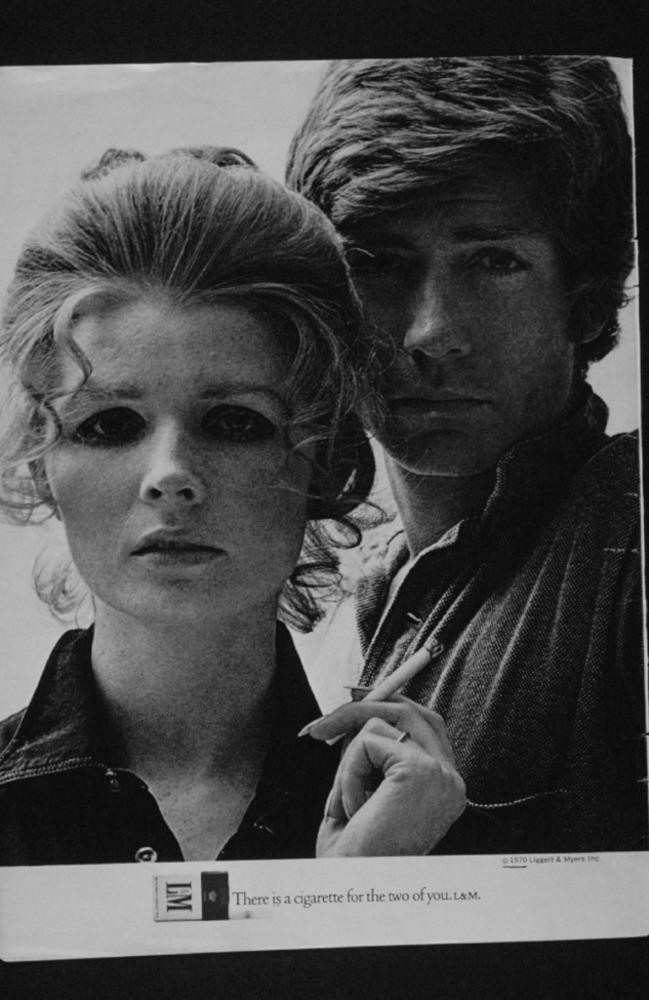
@ 1970 Liggeit & Myers InC
There is a cigarette for the two of you. L&M.
GM